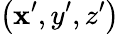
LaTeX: \left(\mathbf{x}^{\prime},y^{\prime},z^{\prime}\right)